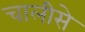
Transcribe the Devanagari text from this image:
चालीसे